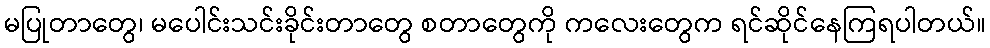
မပြုတာတွေ၊ မပေါင်းသင်းခိုင်းတာတွေ စတာတွေကို ကလေးတွေက ရင်ဆိုင်နေကြရပါတယ်။